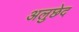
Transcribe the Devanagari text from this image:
अलुछेद